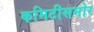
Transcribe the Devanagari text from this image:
कमिटीसमोर